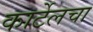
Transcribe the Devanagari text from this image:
कार्टेलचा